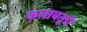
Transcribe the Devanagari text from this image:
कलाबतूचे